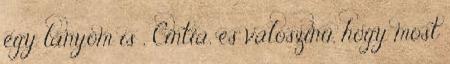
egy lányom is , Cintia, és valószínü, hogy most